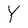
Character: Y